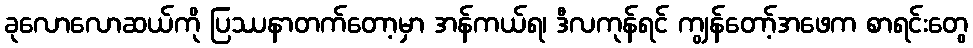
ခုလောလောဆယ်ကို ပြဿနာတက်တော့မှာ အန်ကယ်ရ၊ ဒီလကုန်ရင် ကျွန်တော့်အဖေက စာရင်းတွေ